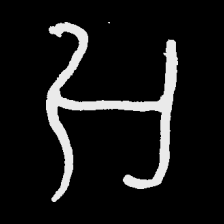
Pyu character \u2014 Myanmar letter: အ (romanized: a)